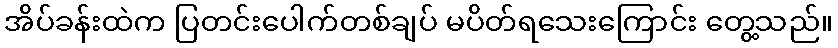
အိပ်ခန်းထဲက ပြတင်းပေါက်တစ်ချပ် မပိတ်ရသေးကြောင်း တွေ့သည်။